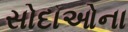
સોદાઓના